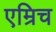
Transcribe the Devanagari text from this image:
एम्रिच